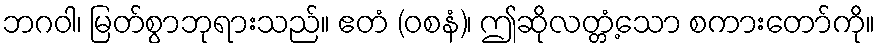
ဘဂဝါ၊ မြတ်စွာဘုရားသည်။ ဧတံ (ဝစနံ)၊ ဤဆိုလတ္တံ့သော စကားတော်ကို။